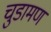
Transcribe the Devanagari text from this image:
चुडामण